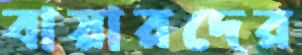
বায়ারদের